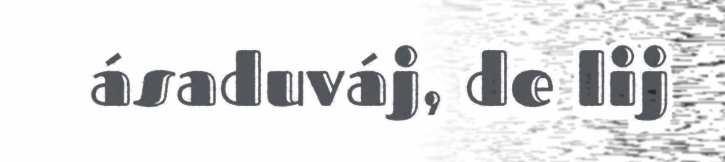
ásaduváj, de lij